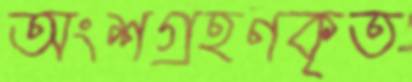
অংশগ্রহণকৃত